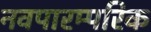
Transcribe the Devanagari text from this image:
नवपारम्परिक